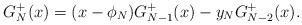
LaTeX: \begin{align*}G^+_N(x) = (x-\phi_N) G^+_{N-1}(x) - y_N G^+_{N-2}(x).\end{align*}